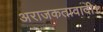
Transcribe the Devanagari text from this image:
अराजकतावादी।